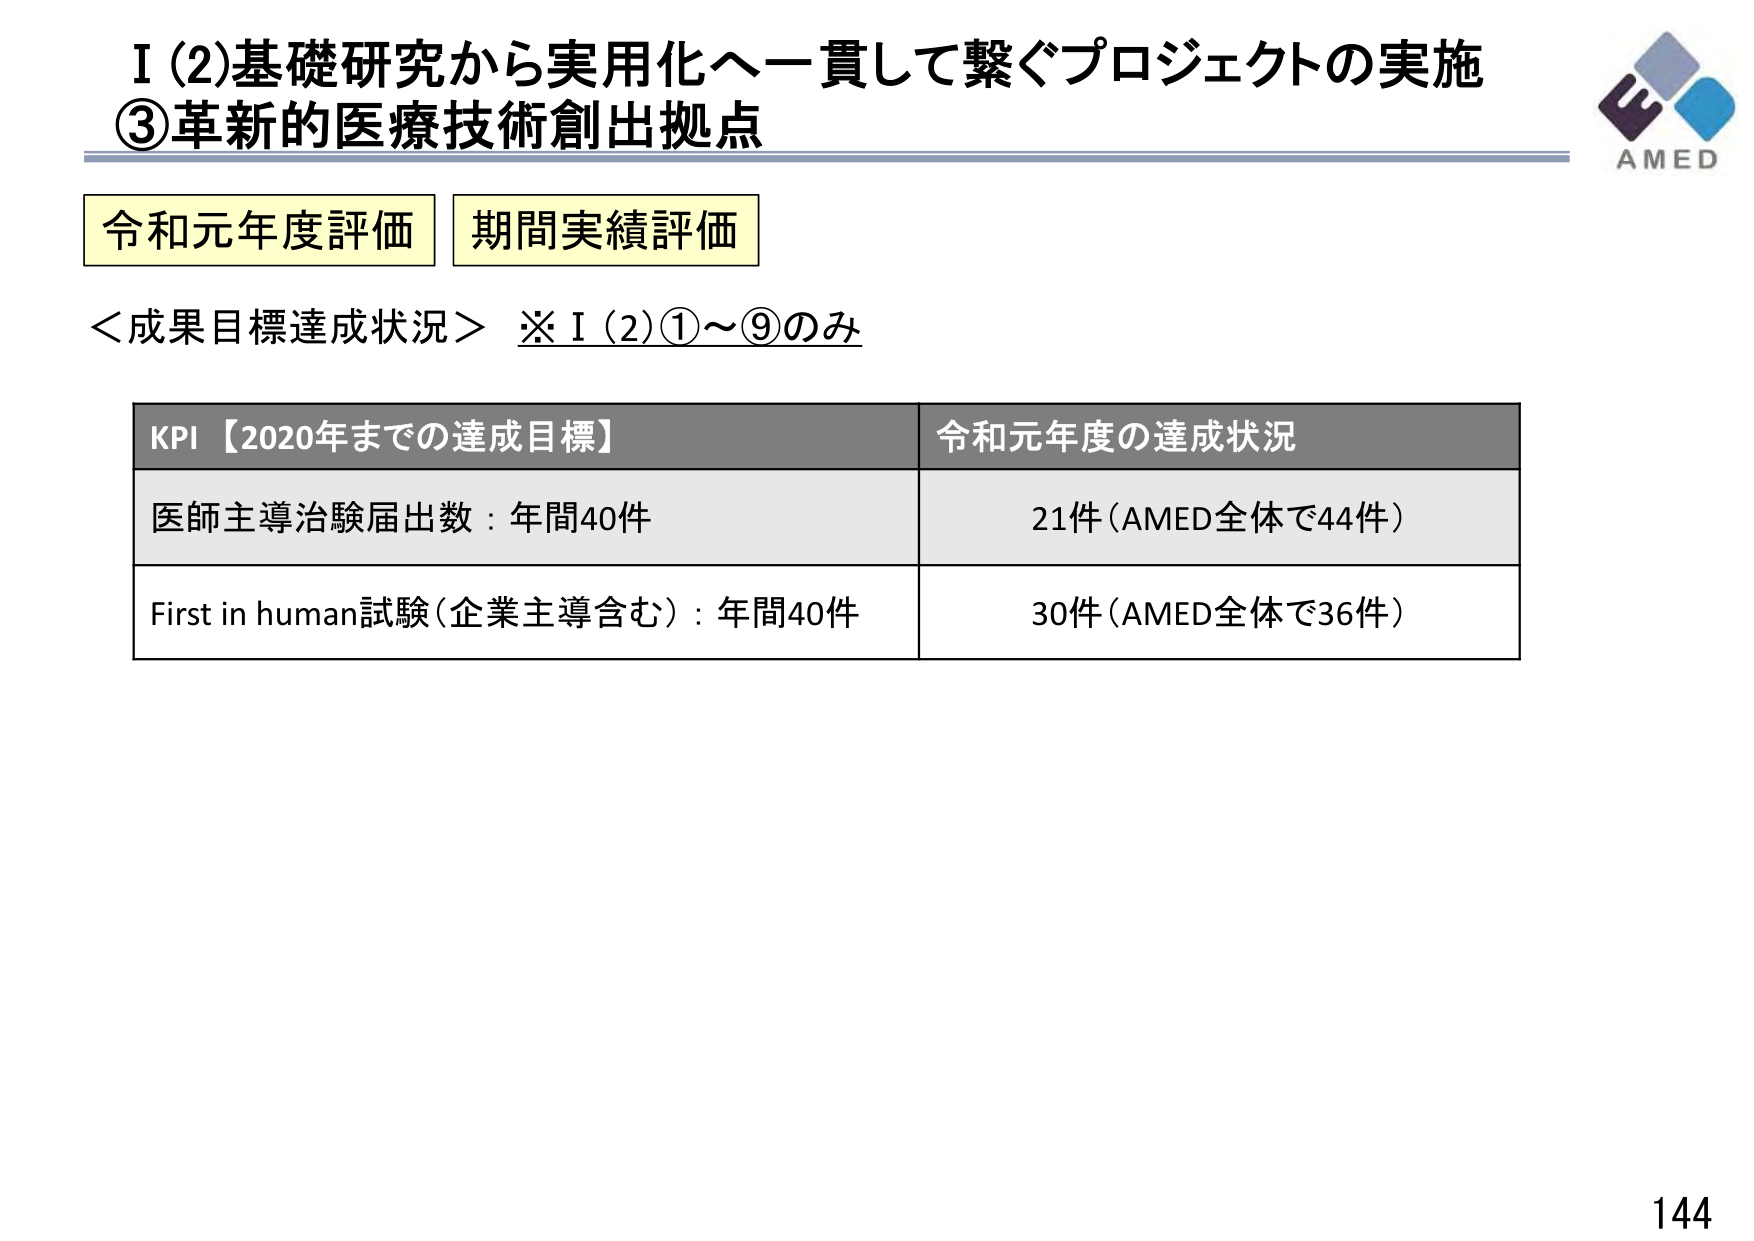
I (2)基礎研究から実用化へ一貫して繋ぐプロジェクトの実施
③革新的医療技術創出拠点

令和元年度評価 期間実績評価

＜成果目標達成状況＞ ※I(2)①～⑨のみ

KPI【2020年までの達成目標】 令和元年度の達成状況
医師主導治験届出数：年間40件 21件（AMED全体で44件）
First in human試験（企業主導含む）：年間40件 30件（AMED全体で36件）

AMED
144